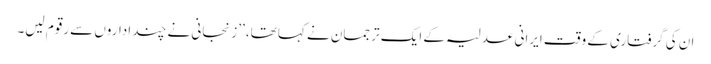
ان کی گرفتاری کے وقت ایرانی عدلیہ کے ایک ترجمان نے کہا تھا، ’’زنجانی نے چند اداروں سے رقوم لیں۔